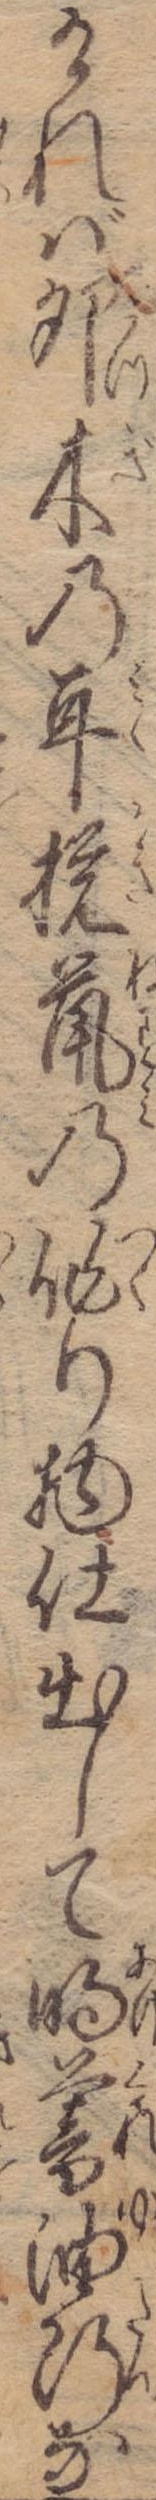
ければ卯木の耳撹鼠の作り物仕出して明暮油断な